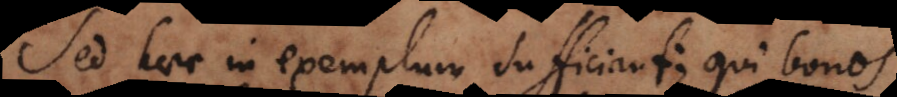
Sed haec in exemplum sufficiant; qui bonos